Civil Veterinary Department. Central Provinces & Berar 1925-31 - 1925-1931
Year: 1925
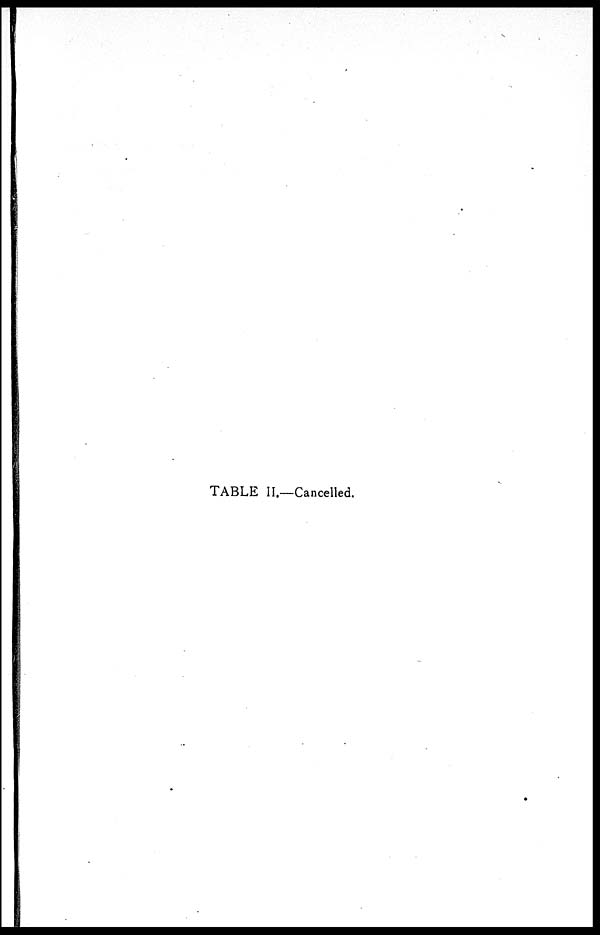
TABLE II.—Cancelled.